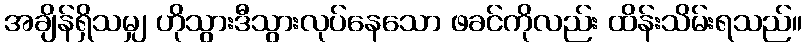
အချိန်ရှိသမျှ ဟိုသွားဒီသွားလုပ်နေသော ဖခင်ကိုလည်း ထိန်းသိမ်းရသည်။